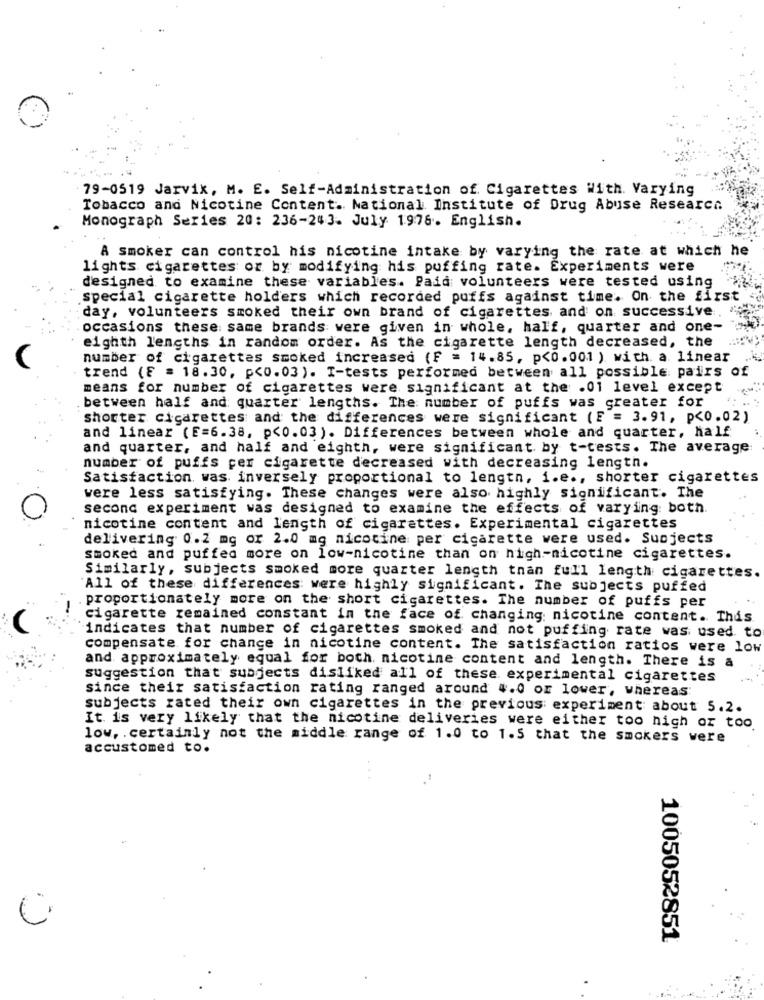
79-0519 Jarvix, M. E. Self-Administration of Cigarettes With. Varying
Tobacco and Nicotine Content. National Institute of Drug Abuse Research
Monograph Series 20: 236-243. July 1976. English.
A smoker can control his nicotine intake by varying the rate at which he
lights cigarettes or by modifying his puffing rate. Experiments were
designed to examine these variables. Paid volunteers were tested using
special cigarette holders which recorded puffs against time. On the first
day, volunteers smoked their own brand of cigarettes and on successive,
occasions these same brands were given in whole, half, quarter and one-
eighth lengths in random order. As the cigarette length decreased, the
number of cigarettes smoked increased (F = 14.85, p<0.001 ) with. a linear
trend (F = 18.30, p<0.03). I-tests performed between all possible pairs of
means for number of cigarettes were significant at the .01 level except
.between half and quarter lengths. The number of puffs was greater for
shorter cigarettes and the differences were significant (E = 3.91, p<0.02)
and linear (E=6.38, p<0.03 ). Differences between whole and quarter, half
and quarter, and half and eighth, were significant by t-tests. The average
number of puffs per cigarette decreased with decreasing length.
Satisfaction, was inversely proportional to lengtn, i.e ., shorter cigarettes
were less satisfying. These changes were also highly significant. The
second experiment was designed to examine the effects of varying: both.
nicotine content and length of cigarettes. Experimental cigarettes
delivering 0.2 mg or 2.0 mg nicotine per cigarette were used. Suojects
smoked and puffed more on low-nicotine than on high-nicotine cigarettes.
Similarly, subjects smoked more quarter length than full length cigarettes.
All of these differences were highly significant. The subjects puffed
proportionately more on the short cigarettes. The number of puffs per
-
cigarette remained constant in the face of changing nicotine content. This.
indicates that number of cigarettes smoked and not puffing rate was used to
compensate for change in nicotine content. The satisfaction ratios were low
and approximately equal for both. nicotine content and length. There is a
suggestion that subjects disliked all of these experimental cigarettes
since their satisfaction rating ranged around 4.0 or lower, whereas
subjects rated their own cigarettes in the previous experiment about 5.2.
It is very likely that the nicotine deliveries were either too high or too
low, . certainly not the middle range of 1.0 to 1.5 that the smokers were
accustomed to.
1005052851